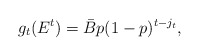
\begin{align*}g_t(E^t)=\bar{B}p(1-p)^{t-j_t},\end{align*}